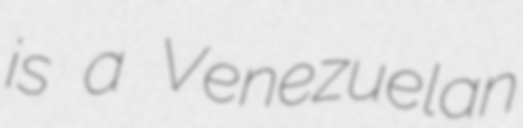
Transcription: is a Venezuelan